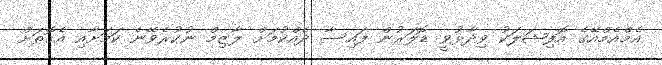
އެމްއެމްއޭގެ އޮފިޝަލަކު ވިދާޅުވީ ޑޮލަރުން ފައިސާ ދެއްކުމަށް ލާޒިމް ނުކުރެވޭނެ ކަމަށާއި އެގޮތަށް